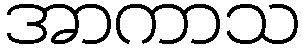
အာကာသ